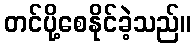
တင်ပို့စေနိုင်ခဲ့သည်။